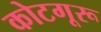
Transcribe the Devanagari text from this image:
कोटगूरू